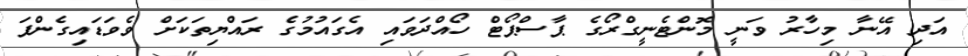
އަދި އޭނާ މިހާރު ވަނީ މޮންޓެނީގްރޯގެ ޕާސްޕޯޓް ހޯއްދަވައި އެގައުމުގެ ރައްޔިތަކަށް ވެވަޑައިގެންފަ